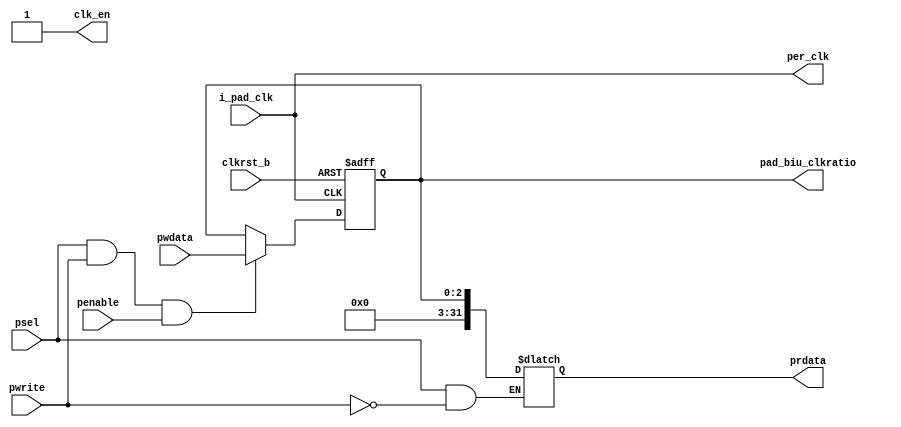
/*Copyright 2019-2021 T-Head Semiconductor Co., Ltd.

Licensed under the Apache License, Version 2.0 (the "License");
you may not use this file except in compliance with the License.
You may obtain a copy of the License at

    http://www.apache.org/licenses/LICENSE-2.0

Unless required by applicable law or agreed to in writing, software
distributed under the License is distributed on an "AS IS" BASIS,
WITHOUT WARRANTIES OR CONDITIONS OF ANY KIND, either express or implied.
See the License for the specific language governing permissions and
limitations under the License.
*/
module fpga_clk_gen(
  clk_en,
  clkrst_b,
  i_pad_clk,
  pad_biu_clkratio,
  penable,
  per_clk,
  prdata,
  psel,
  pwdata,
  pwrite
);


input           clkrst_b;        
input           i_pad_clk;       
input           penable;         
input           psel;            
input   [2 :0]  pwdata;          
input           pwrite;          
output          clk_en;          
output  [2 :0]  pad_biu_clkratio; 
output          per_clk;         
output  [31:0]  prdata;          


reg     [2 :0]  input_clkratio;  
reg     [31:0]  prdata;          


wire            clk_en;          
wire            clkrst_b;        
wire            i_pad_clk;       
wire    [2 :0]  pad_biu_clkratio; 
wire            penable;         
wire            per_clk;         
wire            psel;            
wire    [2 :0]  pwdata;          
wire            pwrite;          


always@(posedge per_clk or negedge clkrst_b)
begin
  if (!clkrst_b)
    input_clkratio[2:0] <= 3'b0;
  else if(psel && pwrite && penable)
    input_clkratio[2:0] <= pwdata[2:0]; 
end


always @( input_clkratio[2:0]
       or psel
       or pwrite)
begin
if(psel && !pwrite)
begin
  prdata[31:0] <= {29'b0,input_clkratio[2:0]};
end

end

assign per_clk = i_pad_clk;

assign clk_en = 1'b1;
assign pad_biu_clkratio[2:0] = input_clkratio[2:0];





endmodule